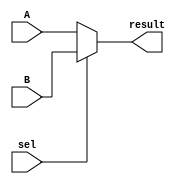
`timescale 1ns / 1ps
//////////////////////////////////////////////////////////////////////////////////
// Company: 
// Engineer: 
// 
// Design Name: 
// Module Name:    MUX32_2_1 
// Project Name: 
// Target Devices: 
// Tool versions: 
// Description: 
//
// Dependencies: 
//
// Revision: 
// Revision 0.01 - File Created
// Additional Comments: 
//
//////////////////////////////////////////////////////////////////////////////////
module MUX32_2_1(
	 input [31:0] A,B,
	 input sel,
	 output [31:0] result
);
	assign result = (sel==1'b1)?B:A;
endmodule